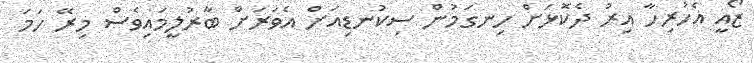
ޒޯއީ އެހުރިހާ އިރު ދެކޮޅަށް ހިނގަމުން ސިކުނޑިއަށް އެވަރަށް ބާރުލީމައިވެސް މިރޭ ހަމަ